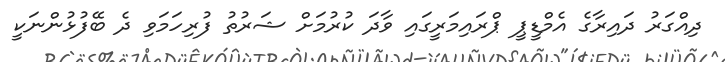
ދިއްގަރު ދައިރާގެ އެމްޑީޕީ ޕްރައިމަރީގައި ވާދަ ކުރުމަށް ޝަރުތު ފުރިހަމަވި ދެ ބޭފުޅުންނަކީ